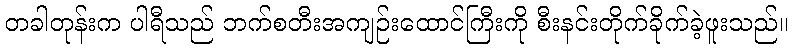
တခါတုန်းက ပါရီသည် ဘက်စတီးအကျဉ်းထောင်ကြီးကို စီးနင်းတိုက်ခိုက်ခဲ့ဖူးသည်။